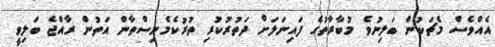
އެއްވެސް މެޗަކުން ބަލިނުވެ މުބާރާތުގެ ފައިނަލަށް ދަތުރުކުރި ތުރުކެމެނިސްތާން އަތުން ރާއްޖެ ބަލިވީ